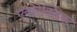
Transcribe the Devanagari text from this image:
एनोरेक्सिक